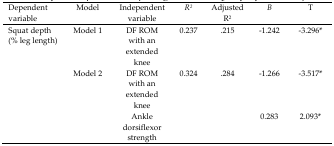
<table><thead><tr><td><b>Dependent variable</b></td><td><b>Model</b></td><td><b>Independent variable</b></td><td><b><i>R</i><sup>2</sup></b></td><td><b>Adjusted R<sup>2</sup></b></td><td><b><i>B</i></b></td><td><b>T</b></td></tr></thead><tbody><tr><td rowspan="3">Squat depth (% leg length)</td><td>Model 1</td><td>DF ROM with an extended knee</td><td>0.237</td><td>.215</td><td>−1.242</td><td>−3.296<sup>*</sup></td></tr><tr><td rowspan="2">Model 2</td><td>DF ROM with an extended knee</td><td>0.324</td><td>.284</td><td>−1.266</td><td>−3.517<sup>*</sup></td></tr><tr><td>Ankle dorsiflexor strength</td><td></td><td></td><td>0.283</td><td>2.093<sup>*</sup></td></tr></tbody></table>